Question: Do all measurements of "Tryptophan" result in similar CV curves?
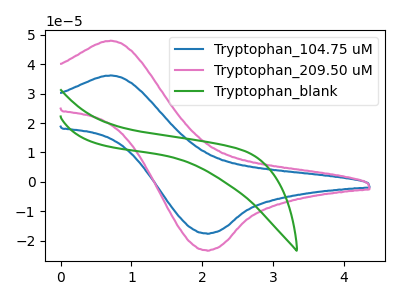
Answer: <think>The blue curve "Tryptophan_104.75 uM" has an anodic peak at (0.70V, 36.20uA) and a cathodic peak at (2.05V, -17.55uA). The pink curve "Tryptophan_209.50 uM" has an anodic peak at (0.70V, 48.00uA) and a cathodic peak at (2.05V, -23.25uA). The green curve "Tryptophan_blank" has no peaks.
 All the peaks in "Tryptophan_104.75 uM" have a peak in "Tryptophan_209.50 uM" at the same potential. Every peak in "Tryptophan_104.75 uM" is lower than every peak in "Tryptophan_209.50 uM". "Tryptophan_104.75 uM" and "Tryptophan_blank" have a different number of peaks. "Tryptophan_209.50 uM" and "Tryptophan_blank" have a different number of peaks.</think>
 <answer>All the CV's of "Tryptophan" have similar shape.</answer>
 <eval>follow_rule</eval>